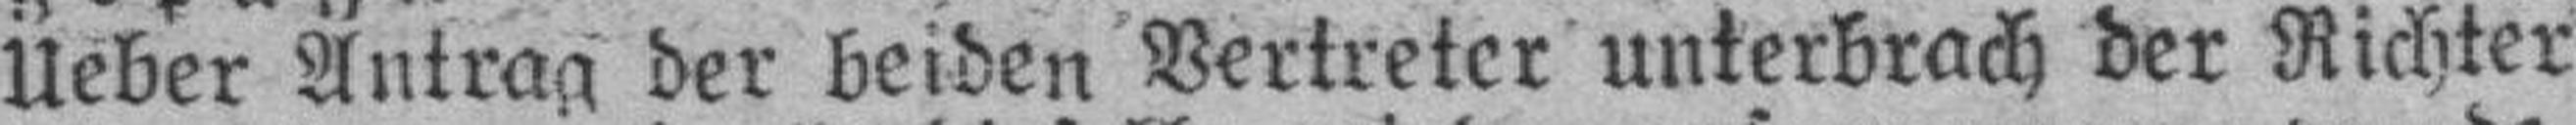
Ueber Antrag der beiden Vertreter unterbrach der Richter